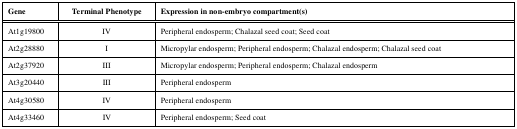
<table><thead><tr><td><b>Gene</b></td><td><b>Terminal Phenotype</b></td><td><b>Expression in non-embryo compartment(s)</b></td></tr></thead><tbody><tr><td>At1g19800</td><td>IV</td><td>Peripheral endosperm; Chalazal seed coat; Seed coat</td></tr><tr><td>At2g28880</td><td>I</td><td>Micropylar endosperm; Peripheral endosperm; Chalazal endosperm; Chalazal seed coat</td></tr><tr><td>At2g37920</td><td>III</td><td>Micropylar endosperm; Peripheral endosperm; Chalazal endosperm</td></tr><tr><td>At3g20440</td><td>III</td><td>Peripheral endosperm</td></tr><tr><td>At4g30580</td><td>IV</td><td>Peripheral endosperm</td></tr><tr><td>At4g33460</td><td>IV </td><td>Peripheral endosperm; Seed coat</td></tr></tbody></table>